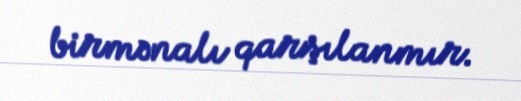
birmənalı qarşılanmır.